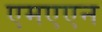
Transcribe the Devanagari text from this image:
एमएएन